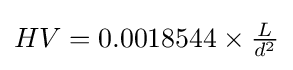
HV=0.0018544\times {\tfrac {L}{d^{2}}}